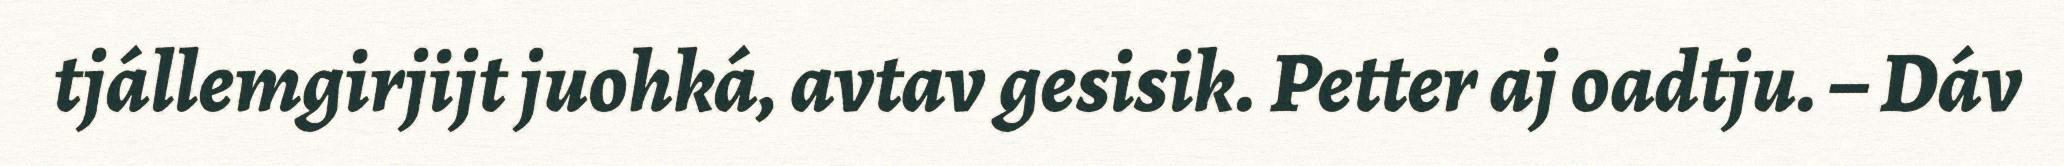
tjállemgirjijt juohká, avtav gesisik. Petter aj oadtju. – Dáv